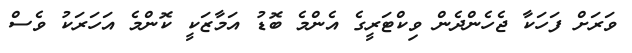
ވަރަށް ފަހަކާ ޖެހެންދެން ވިކްޓަރީގެ އެންމެ ބޮޑު އަމާޒަކީ ކޮންމެ އަހަރަކު ވެސް